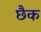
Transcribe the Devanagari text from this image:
छैक